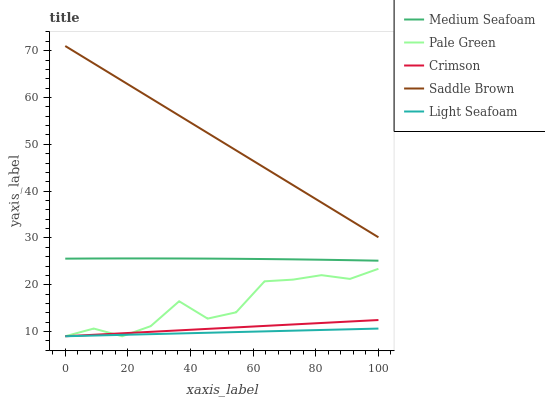
| xaxis_label | Medium Seafoam | Pale Green | Crimson | Saddle Brown | Light Seafoam |
 | --- | --- | --- | --- | --- | --- |
 | 0 | 25.6 | 9 | 9 | 71 | 9 |
 | 9.09 | 25.6 | 10.6 | 9.32 | 67.3 | 9.15 |
 | 18.2 | 25.6 | 9 | 9.63 | 63.6 | 9.3 |
 | 27.3 | 25.6 | 11.2 | 9.95 | 59.9 | 9.45 |
 | 36.4 | 25.6 | 16.5 | 10.3 | 56.1 | 9.6 |
 | 45.5 | 25.6 | 12.8 | 10.6 | 52.4 | 9.74 |
 | 54.5 | 25.5 | 14.1 | 10.9 | 48.7 | 9.89 |
 | 63.6 | 25.5 | 20.7 | 11.2 | 45 | 10 |
 | 72.7 | 25.4 | 21.1 | 11.5 | 41.3 | 10.2 |
 | 81.8 | 25.3 | 22.1 | 11.8 | 37.6 | 10.3 |
 | 90.9 | 25.2 | 21.2 | 12.2 | 33.9 | 10.5 |
 | 100 | 25.1 | 23.4 | 12.5 | 30.1 | 10.6 |